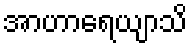
အာဟာရေယျာသိ